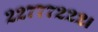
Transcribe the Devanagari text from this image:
२२७७७२२२।